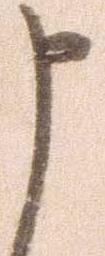
申